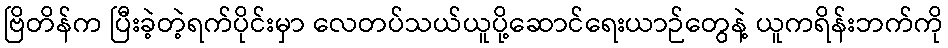
ဗြိတိန်က ပြီးခဲ့တဲ့ရက်ပိုင်းမှာ လေတပ်သယ်ယူပို့ဆောင်ရေးယာဉ်တွေနဲ့ ယူကရိန်းဘက်ကို